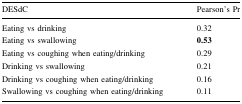
<table><thead><tr><td><b>DESdC</b></td><td><b>Pearson’s Pr</b></td></tr></thead><tbody><tr><td>Eating vs drinking</td><td>0.32</td></tr><tr><td>Eating vs swallowing</td><td><b>0.53</b></td></tr><tr><td>Eating vs coughing when eating/drinking</td><td>0.29</td></tr><tr><td>Drinking vs swallowing</td><td>0.21</td></tr><tr><td>Drinking vs coughing when eating/drinking</td><td>0.16</td></tr><tr><td>Swallowing vs coughing when eating/drinking</td><td>0.11</td></tr></tbody></table>